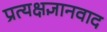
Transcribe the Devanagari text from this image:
प्रत्यक्षज्ञानवाद